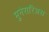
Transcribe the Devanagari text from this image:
मुनेरारिअस